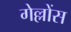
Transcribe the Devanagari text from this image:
गेल्लोंस